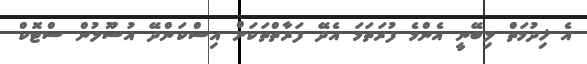
އެ ޚިދުމަތް ލިބޭނީ އެންމެ ފުރަތަމަ އެދޭ ފަރާތްތަކަށް އިސްކަންދޭ އުސޫލުން ސްޓޮކް